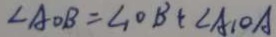
\angle A O B = \angle _ { 1 } O B + \angle A _ { 1 } O A